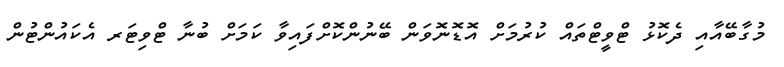
މުގާބޭއާއި ދެކޮޅު ޓްވީޓްތައް ކުރުމަށް އޮޑޮނޮވަން ބޭނުންކޮށްފައިވާ ކަމަށް ބުނާ ޓްވިޓަރ އެކައުންޓުން